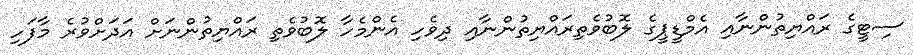
ސިޓީގެ ރައްޔިތުންނާއި އެމްޑީޕީގެ ލޮބުވެތިރައްޔިތުންނާއި ދިވެހި އެންމެހާ ލޮބުވެތި ރައްޔިތުންނަށް އަދަށްވުރެ މާފަހި